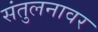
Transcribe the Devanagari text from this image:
संतुलनावर